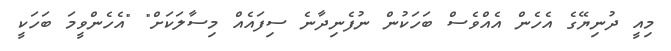
މިއީ ދުނިޔޭގެ އެހެން އެއްވެސް ބަހަކުން ނުފެނިދާނެ ސިފައެއް މިސާލަކަށް" "އެހެންވީމަ ބަހަކީ